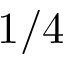
1 / 4